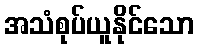
အသံစုပ်ယူနိုင်သော